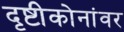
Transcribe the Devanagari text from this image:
दृष्टीकोनांवर